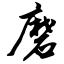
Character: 磨